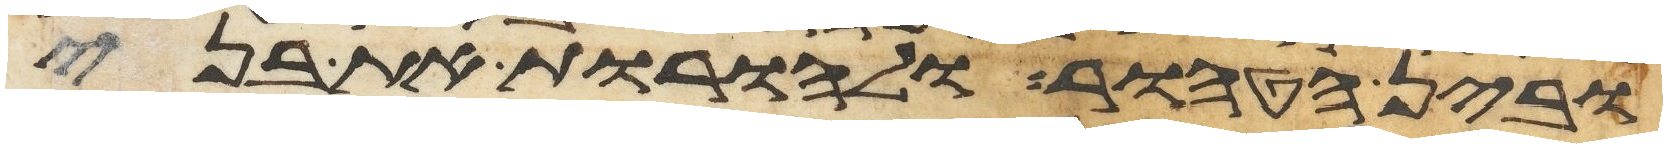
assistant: ובין הטהור ולהורות את בני